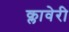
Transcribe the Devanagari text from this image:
क्लावेरी